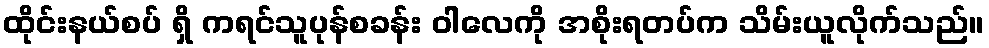
ထိုင်းနယ်စပ် ရှိ ကရင်သူပုန်စခန်း ဝါလေကို အစိုးရတပ်က သိမ်းယူလိုက်သည်။